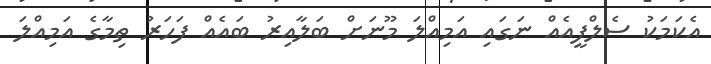
އެކަމަކު ސެލްފީއެއް ނަގައި އަމިއްލަ މޫނަށް ބަލާއިރު ބައެއް ފަހަރު ތިމާގެ އަމިއްލަ